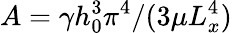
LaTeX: A=\gamma h_{0}^{3}\pi^{4}/(3\mu L_{x}^{4})